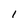
Character: I